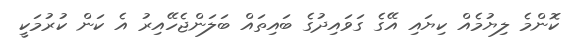
ކޮންމެ ލިޔުމެއް ކިޔައި އޭގެ ގަވައިދުގެ ބައިތައް ބަލަންޖެހޭއިރު އެ ކަން ކުރުމަކީ